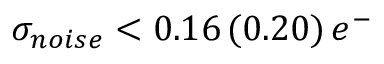
\sigma _ { n o i s e } < 0 . 1 6 \, ( 0 . 2 0 ) \, e ^ { - }